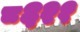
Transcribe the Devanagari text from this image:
८६२१